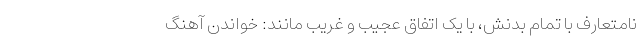
نامتعارف با تمام بدنش، با یک اتفاق عجیب و غریب مانند: خواندن آهنگ